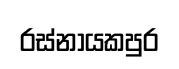
රස්නායකපුර